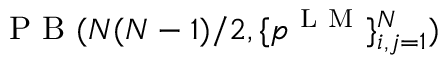
\mathrm { ~ P ~ B ~ } ( N ( N - 1 ) / 2 , \{ p ^ { \mathrm { ~ L ~ M ~ } } \} _ { i , j = 1 } ^ { N } )